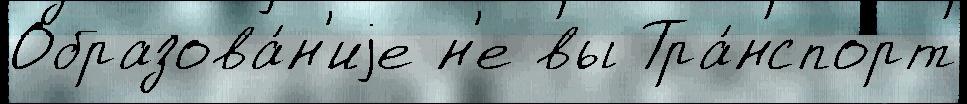
Образова́н'иjе н'е вы Тра́нспорт